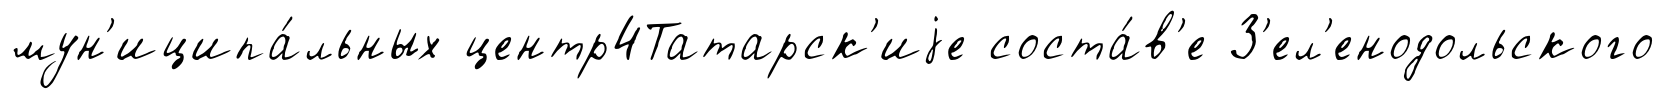
мун'иципа́льных центр4Татарск'иjе соста́в'е З'ел'енодольского